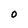
Character: O